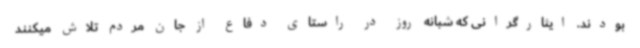
بودند. ایثارگرانی که شبانه روز در راستای دفاع از جان مردم تلاش میکنند